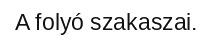
A folyó szakaszai.